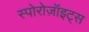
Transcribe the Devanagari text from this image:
स्पोरोज़ॉइट्स